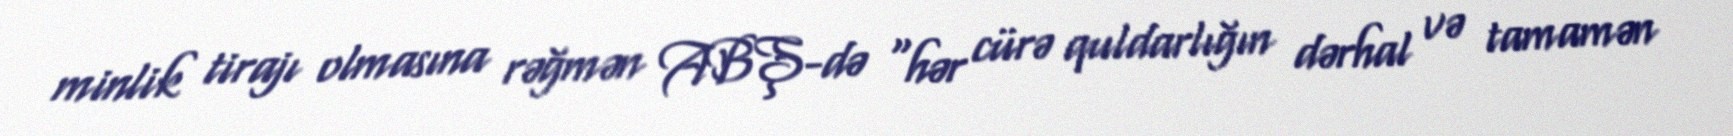
minlik tirajı olmasına rəğmən ABŞ-də "hər cürə quldarlığın dərhal və tamamən